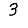
Digit: 3